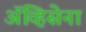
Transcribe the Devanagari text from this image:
ॲव्हिसेना